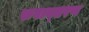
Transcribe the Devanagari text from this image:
रुपान्‍तरण